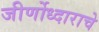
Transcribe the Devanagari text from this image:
जीर्णोध्दाराचे